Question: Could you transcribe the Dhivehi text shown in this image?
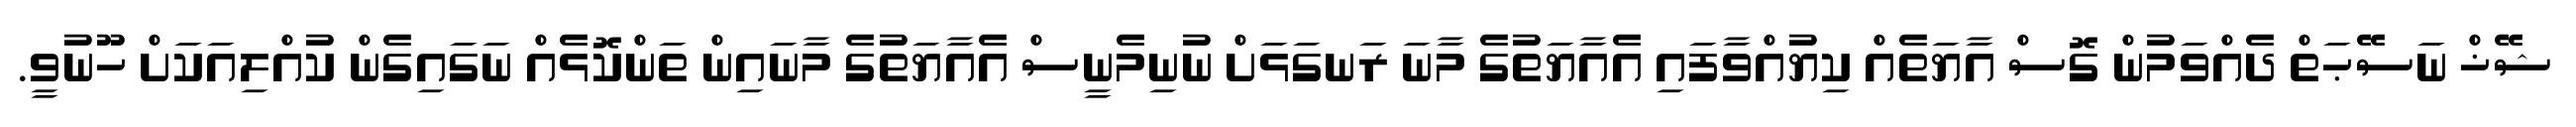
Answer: ޝޭޚް ނަސޭޙަތް ދެއްވަމުން ގޮސް އާޔަތެއް ކިޔުއްވާފައި އެއާޔަތުގެ މާނަ ރަނގަޅަށް ނުނިމެނީސް އެއާޔަތުގެ މާނައިން ތަންކޮޅެއް ނަގައިގެން ކުއްލިއަކަށް ހޫނުވީ.